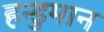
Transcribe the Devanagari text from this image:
हन्डुमान